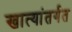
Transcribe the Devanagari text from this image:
खात्यांतर्गत